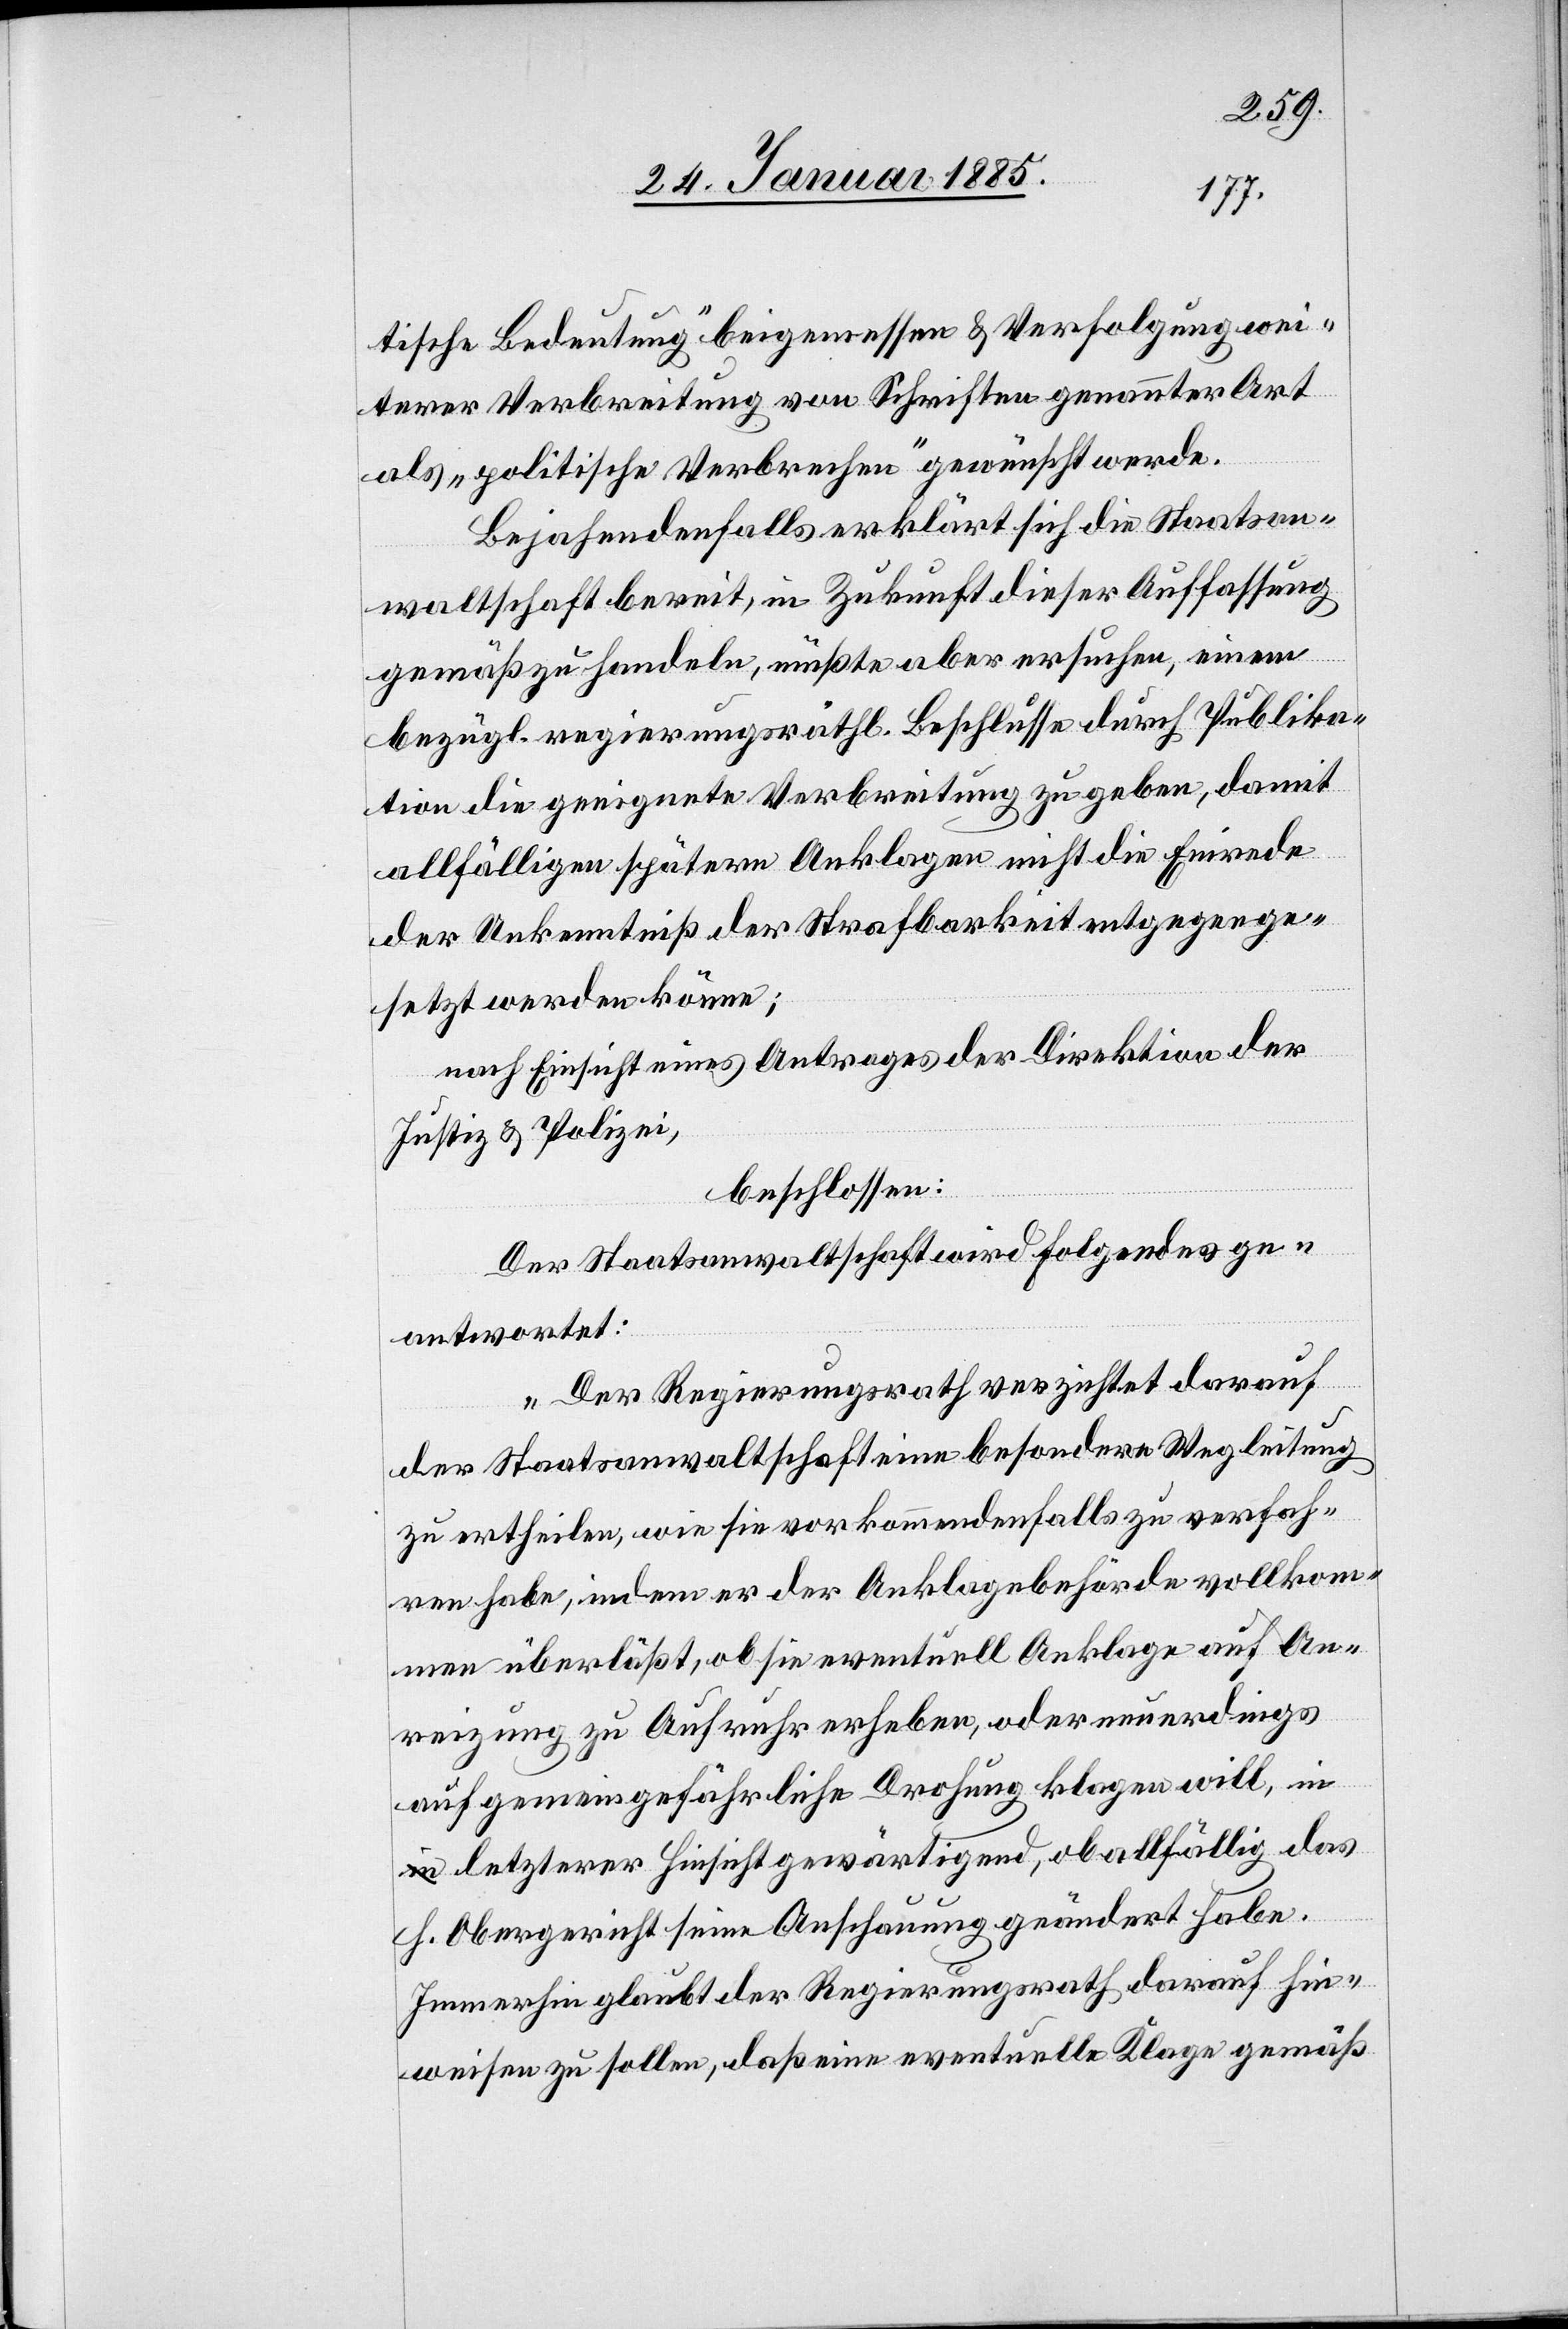
tische Bedeutung beigemessen & Verfolgung wei¬
terer Verbreitung von Schriften genannter Art
als „politische Verbrechen“ gewünscht werde.
Bejahendenfalls erklärt sich die Staatsan¬
waltschaft bereit, in Zukunft dieser Auffassung
eben:
gemäß zu handeln, müßte aber ersuchen, einem
bezügl. regierungsräthl. Beschlusse durch Publika¬
tion die geeignete Verbreitung zu geben, damit
allfälligen spätern Anklagen nicht die Einrede
der Unkenntniß der Strafbarkeit entgegen ge¬
setzt werden könne;
nach Einsicht eines Antrages der Direktion der
Justiz & Polizei,
beschlossen:
Der Staatsanwaltschaft wird folgendes ges¬
„Der Regierungsrath verzichtet darauf
der Staatsanwaltschaft eine besondere Wegleitung
zu ertheilen, wie sie vorkommendenfalls zu verfah¬
ren habe, indem er der Anklagebehörde vollkom¬
men überläßt, ob sie eventuelle Anklage auf An¬
reizung zu Aufruhr erheben, oder neuerdings
auf gemeingefährliche Drohung klagen will, i¬
n letzterer Einsicht gewärtigend, ob allfällig das
h. Obergericht seine Anschauungen geändert habe.
Immerhin glaubt der Regierungsrath darauf hin¬
weisen zu sollen, daß eine eventuelle Klage gemäß